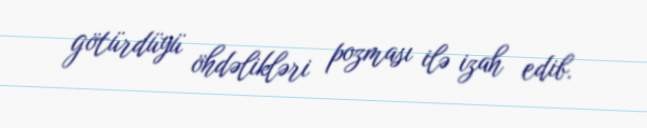
götürdüyü öhdəlikləri pozması ilə izah edib.